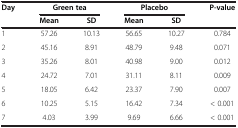
<table><thead><tr><td rowspan="2"><b>Day</b></td><td colspan="2"><b>Green tea</b></td><td colspan="2"><b>Placebo</b></td><td rowspan="2"><b>P-value</b></td></tr><tr><td><b>Mean</b></td><td><b>SD</b></td><td><b>Mean</b></td><td><b>SD</b></td></tr></thead><tbody><tr><td>1</td><td>57.26</td><td>10.13</td><td>56.65</td><td>10.27</td><td>0.784</td></tr><tr><td>2</td><td>45.16</td><td>8.91</td><td>48.79</td><td>9.48</td><td>0.071</td></tr><tr><td>3</td><td>35.26</td><td>8.01</td><td>40.98</td><td>9.00</td><td>0.012</td></tr><tr><td>4</td><td>24.72</td><td>7.01</td><td>31.11</td><td>8.11</td><td>0.009</td></tr><tr><td>5</td><td>18.05</td><td>6.42</td><td>23.37</td><td>7.90</td><td>0.007</td></tr><tr><td>6</td><td>10.25</td><td>5.15</td><td>16.42</td><td>7.34</td><td>&lt; 0.001</td></tr><tr><td>7</td><td>4.03</td><td>3.99</td><td>9.69</td><td>6.66</td><td>&lt; 0.001</td></tr></tbody></table>